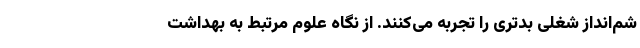
شم‌انداز شغلی بدتری را تجربه می‌کنند. از نگاه علوم مرتبط به بهداشت